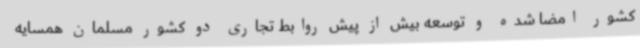
کشور امضا شده و توسعه بیش از پیش روابط تجاری دو کشور مسلمان همسایه